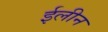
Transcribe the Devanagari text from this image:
ईलीन